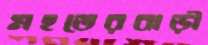
মহতেরবাড়ী